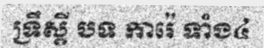
ទ្រឹស្តី បទ ការ៉េ ទាំង៤